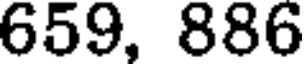
659, 886